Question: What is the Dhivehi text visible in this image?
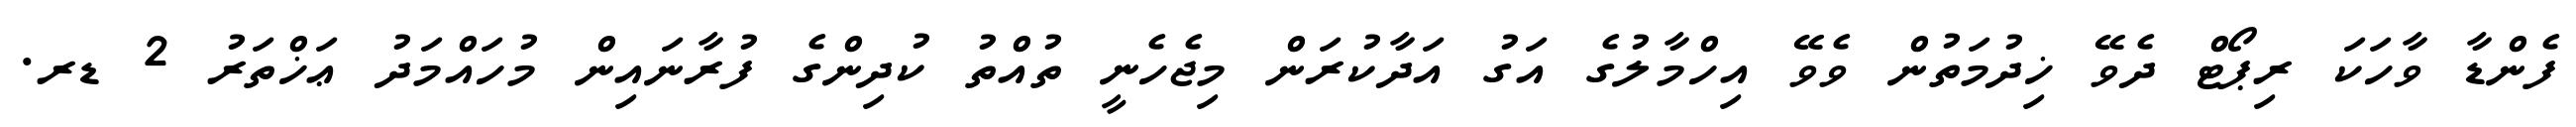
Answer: ފެންޑާ ވާހަކަ ރިޕޯޓް ދެވޭ ޚިދުމަތުން ވެވޭ އިހްމާލުގެ އަގު އަދާކުރަން މިޖެހެނީ ތުއްތު ކުދިންގެ ފުރާނައިން މުހައްމަދު ޢަޚްތަރު 2 ޑރ.